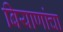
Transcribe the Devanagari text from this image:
बियाणांचा